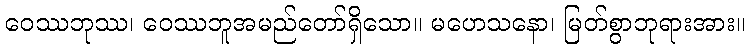
ဝေဿဘုဿ၊ ဝေဿဘူအမည်တော်ရှိသော။ မဟေသနော၊ မြတ်စွာဘုရားအား။